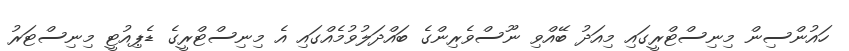
ހައުންސިން މިނިސްޓްރީގައި މިއަދު ބޭއްވި ނޫސްވެރިންގެ ބައްދަލުވުމެއްގައި އެ މިނިސްޓްރީގެ ޑެޕިއުޓީ މިނިސްޓަރު